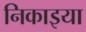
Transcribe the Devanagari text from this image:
निकाइया